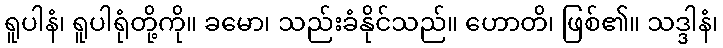
ရူပါနံ၊ ရူပါရုံတို့ကို။ ခမော၊ သည်းခံနိုင်သည်။ ဟောတိ၊ ဖြစ်၏။ သဒ္ဒါနံ၊